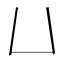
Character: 𠙴